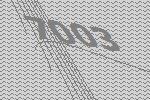
7003